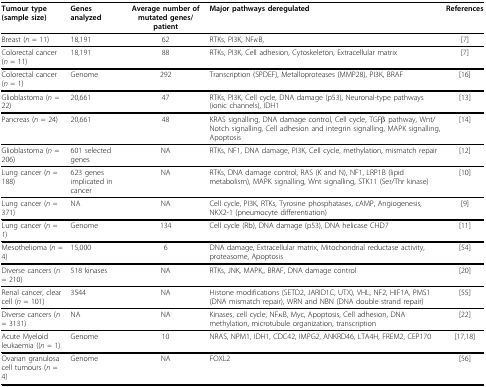
| Tumour type (sample size) | Genes analyzed | Average number of mutated genes/patient | Major pathways deregulated | References |
 | --- | --- | --- | --- | --- |
 | Breast (n = 11) | 18,191 | 62 | RTKs, PI3K, NFκB, | [7] |
 | Colorectal cancer (n = 11) | 18,191 | 88 | RTKs, PI3K, Cell adhesion, Cytoskeleton, Extracellular matrix | [7] |
 | Colorectal cancer (n = 1) | Genome | 292 | Transcription (SPDEF), Metalloproteases (MMP28), PI3K, BRAF | [16] |
 | Glioblastoma (n = 22) | 20,661 | 47 | RTKs, PI3K, Cell cycle, DNA damage (p53), Neuronal-type pathways (ionic channels), IDH1 | [13] |
 | Pancreas (n = 24) | 20,661 | 48 | KRAS signalling, DNA damage control, Cell cycle, TGFβ pathway, Wnt/Notch signalling, Cell adhesion and integrin signalling, MAPK signalling, Apoptosis | [14] |
 | Glioblastoma (n = 206) | 601 selected genes | NA | RTKs, NF1, DNA damage, PI3K, Cell cycle, methylation, mismatch repair | [12] |
 | Lung cancer (n = 188) | 623 genes implicated in cancer | NA | RTKs, DNA damage control, RAS (K and N), NF1, LRP1B (lipid metabolism), MAPK signalling, Wnt signalling, STK11 (Ser/Thr kinase) | [10] |
 | Lung cancer (n = 371) | NA | NA | Cell cycle, PI3K, RTKs, Tyrosine phosphatases, cAMP, Angiogenesis, NKX2-1 (pneumocyte differentiation) | [9] |
 | Lung cancer (n = 1) | Genome | 134 | Cell cycle (Rb), DNA damage (p53), DNA helicase CHD7 | [11] |
 | Mesothelioma (n = 4) | 15,000 | 6 | DNA damage, Extracellular matrix, Mitochondrial reductase activity, proteasome, Apoptosis | [54] |
 | Diverse cancers (n = 210) | 518 kinases | NA | RTKs, JNK, MAPK,, BRAF, DNA damage control | [20] |
 | Renal cancer, clear cell (n = 101) | 3544 | NA | Histone modifications (SETD2, JARID1C, UTX), VHL, NF2, HIF1A, PMS1 (DNA mismatch repair), WRN and NBN (DNA double strand repair) | [55] |
 | Diverse cancers (n = 3131) | NA | NA | Kinases, cell cycle, NFκB, Myc, Apoptosis, Cell adhesion, DNA methylation, microtubule organization, transcription | [22] |
 | Acute Myeloid leukaemia ((n = 1) | Genome | 10 | NRAS, NPM1, IDH1, CDC42, IMPG2, ANKRD46, LTA4H, FREM2, CEP170 | [17,18] |
 | Ovarian granulosa cell tumours (n = 4) | Genome | NA | FOXL2 | [56] |